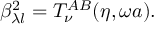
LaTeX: \beta _ { \lambda l } ^ { 2 } = T _ { \nu } ^ { A B } ( \eta , \omega a ) .